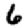
Digit: 6